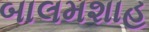
બાલમશાહ